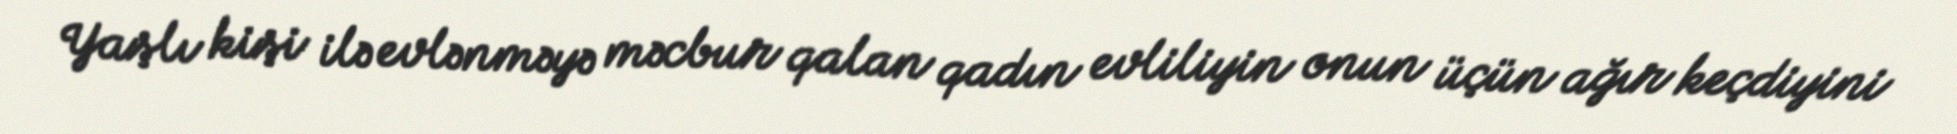
Yaşlı kişi ilə evlənməyə məcbur qalan qadın evliliyin onun üçün ağır keçdiyini